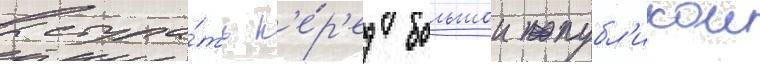
выступа́ть п'е́р'ед большои публ'икои